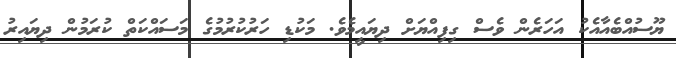
ޔޫސުއްބެއާއެކު އަހަރެން ވެސް ގިފިއްޔަށް ދިޔައީމެވެ. މަކުޑި ހަރުކުރުމުގެ މަސައްކަތް ކުރަމުން ދިޔައިރު